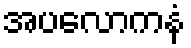
အပလောကနံ